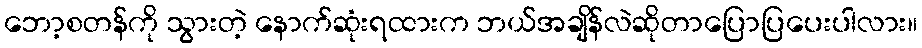
ဘော့စတန်ကို သွားတဲ့ နောက်ဆုံးရထားက ဘယ်အချိန်လဲဆိုတာပြောပြပေးပါလား။